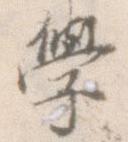
学